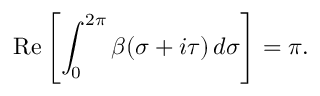
\mathrm { R e } \left[ \int _ { 0 } ^ { 2 \pi } \beta ( \sigma + i \tau ) \, d \sigma \right] = \pi .